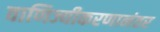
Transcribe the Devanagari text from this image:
वाणिज्यीकरणानंतर